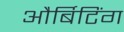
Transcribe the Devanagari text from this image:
और्बिटिंग